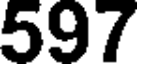
597